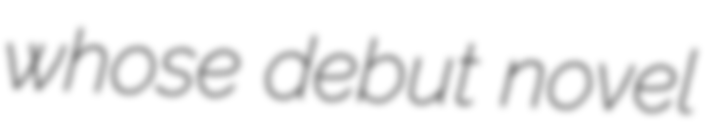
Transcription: whose debut novel